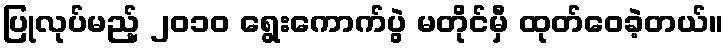
ပြုလုပ်မည့် ၂၀၁၀ ရွေးကောက်ပွဲ မတိုင်မှီ ထုတ်ဝေခဲ့တယ်။